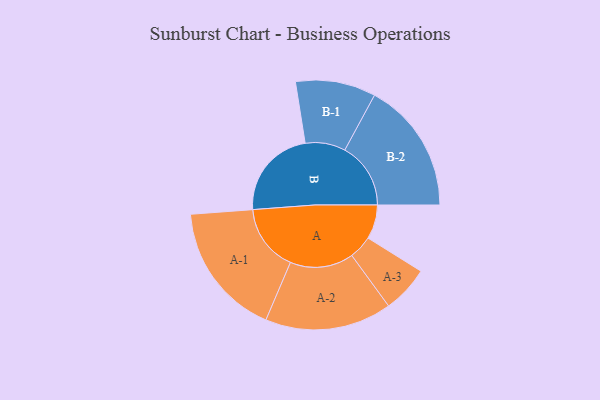
{"axis": {"x": "Segment", "y": "Value"}, "legend": ["", "A", "B"], "data": [{"x": "A", "y": 150, "type": ""}, {"x": "B", "y": 400, "type": ""}, {"x": "A-1", "y": 294, "type": "A"}, {"x": "A-2", "y": 278, "type": "A"}, {"x": "A-3", "y": 103, "type": "A"}, {"x": "B-1", "y": 176, "type": "B"}, {"x": "B-2", "y": 289, "type": "B"}]}